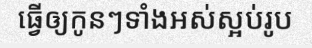
ធ្វើឲ្យកូនៗទាំងអស់ស្អប់រូប